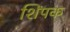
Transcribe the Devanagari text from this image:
शिंपक